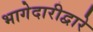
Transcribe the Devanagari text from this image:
भागेदारीद्वारे